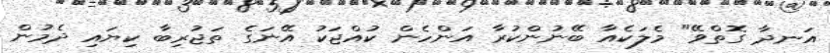
އަނދާ ގޮތްވޭ" މެލަކެއާ ބޭނުންކުރާ އަންހެން ކުއްޖަކު އޭނަގެ ތަޖުރިބާ ކިޔައި ދެމުން